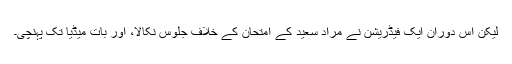
لیکن اس دوران ایک فیڈریشن نے مراد سعید کے امتحان کے خلاف جلوس نکالا، اور بات میڈیا تک پہنچی۔